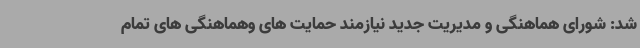
شد: شورای هماهنگی و مدیریت جدید نیازمند حمایت های وهماهنگی های تمام